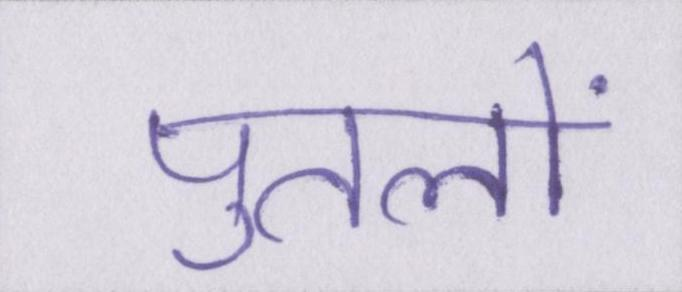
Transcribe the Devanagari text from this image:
पुतलों